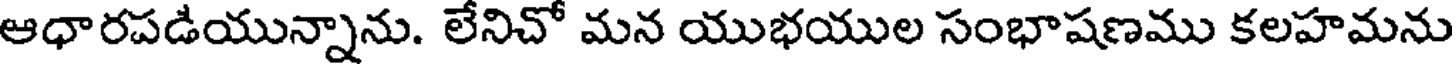
ఆధారపడియున్నాను. లేనిచో మన యుభయుల సంభాషణము కలహమను